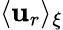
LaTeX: \langle\mathbf{u}_{r}\rangle_{\xi}